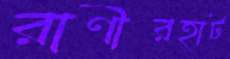
রাণীরহাট